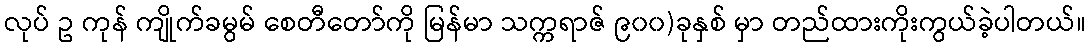
လုပ် ဥ ကုန် ကျိုက်ခမွမ် စေတီတော်ကို မြန်မာ သက္ကရာဇ် ၉၀၀)ခုနှစ် မှာ တည်ထားကိုးကွယ်ခဲ့ပါတယ်။